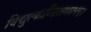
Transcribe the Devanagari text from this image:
विद्युत्कान्तिसमप्रभम्।